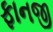
ફાનજી